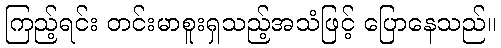
ကြည့်ရင်း တင်းမာစူးရှသည့်အသံဖြင့် ပြောနေသည်။